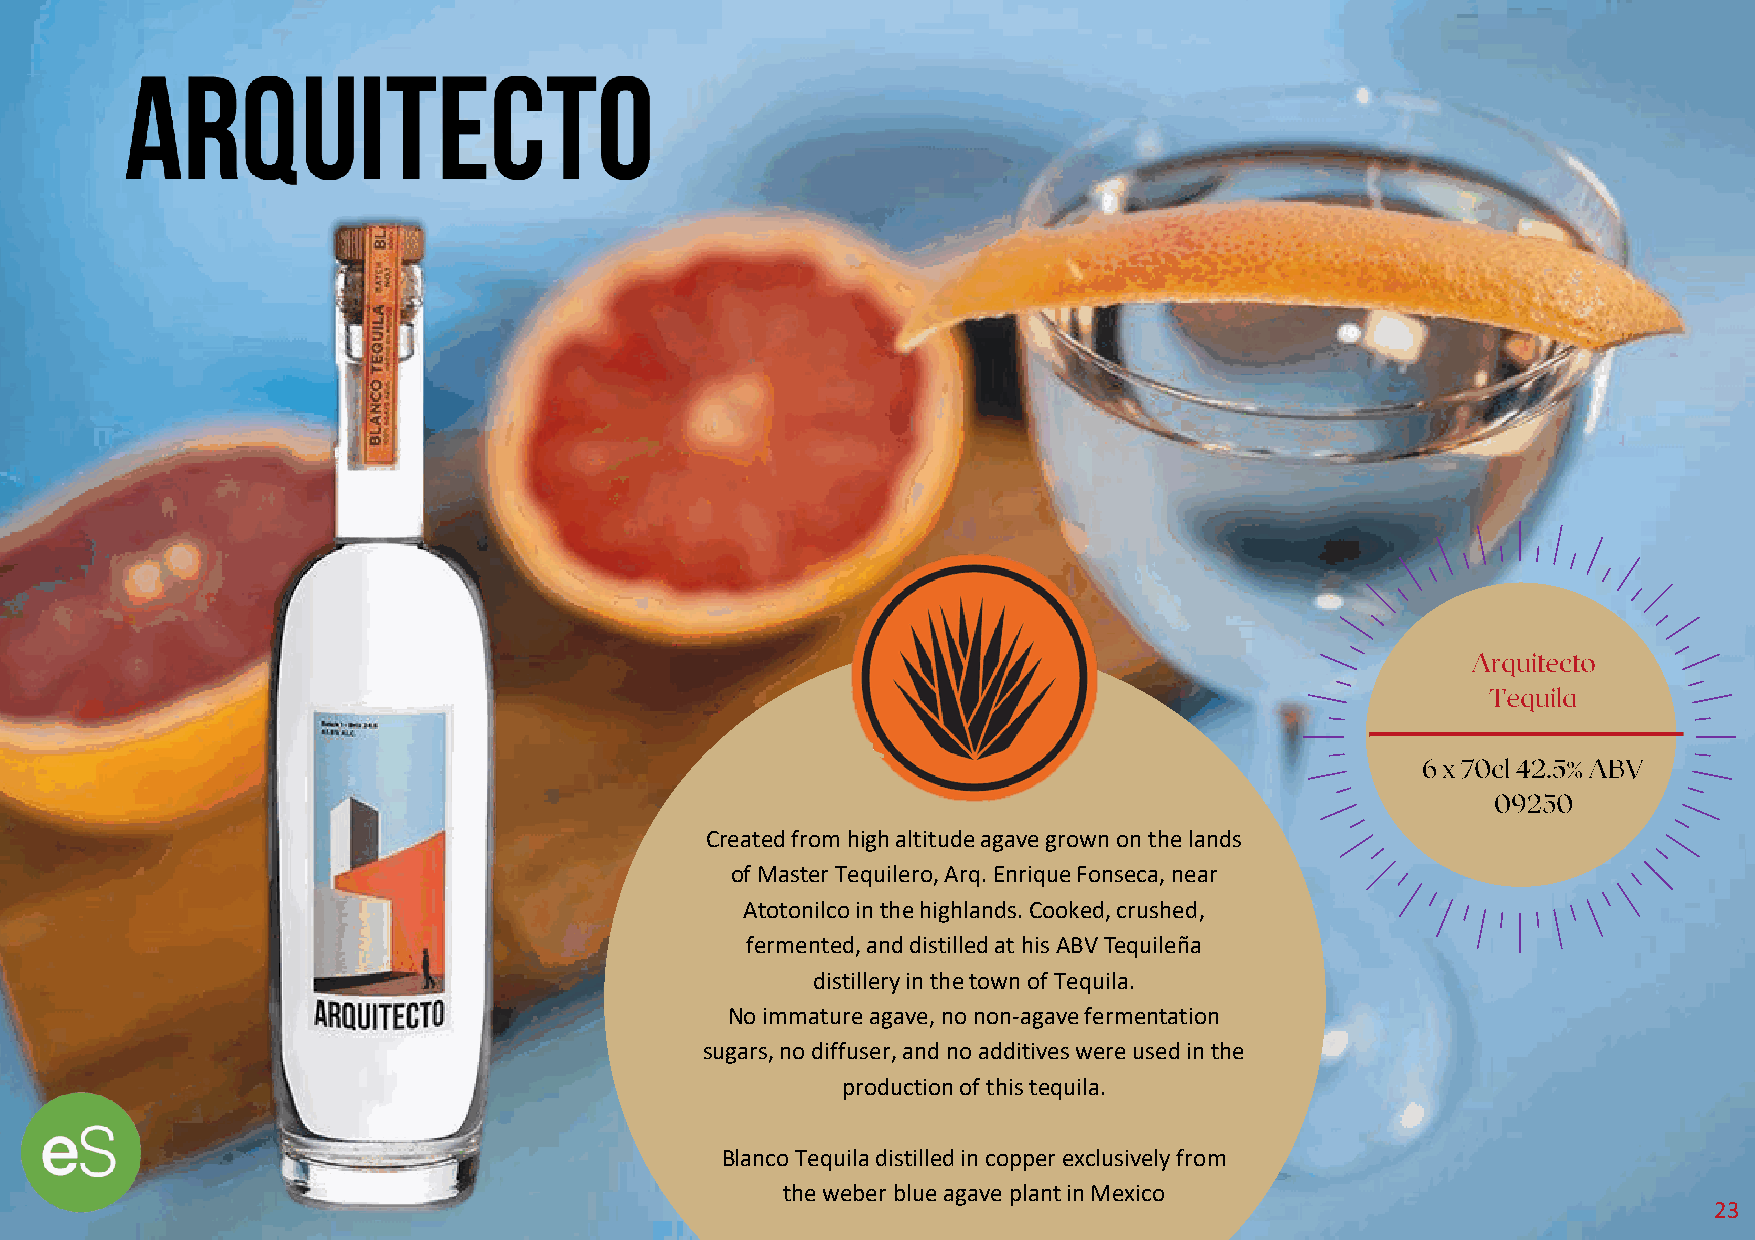
Created from high altitude agave grown on the lands
 of Master Tequilero, Arq. Enrique Fonseca, near
 Atotonilcoin the highlands. Cooked, crushed,
 fermented, and distilled at his ABV Tequileña
 distillery in the town of Tequila.
 No immature agave, no non-agave fermentation
 sugars, no diffuser, and no additives were used in the
 production of this tequila.
 Blanco Tequila distilled in copper exclusively from
 the weber blue agave plant in Mexico
 23